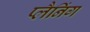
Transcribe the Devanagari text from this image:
प्लैनिंग